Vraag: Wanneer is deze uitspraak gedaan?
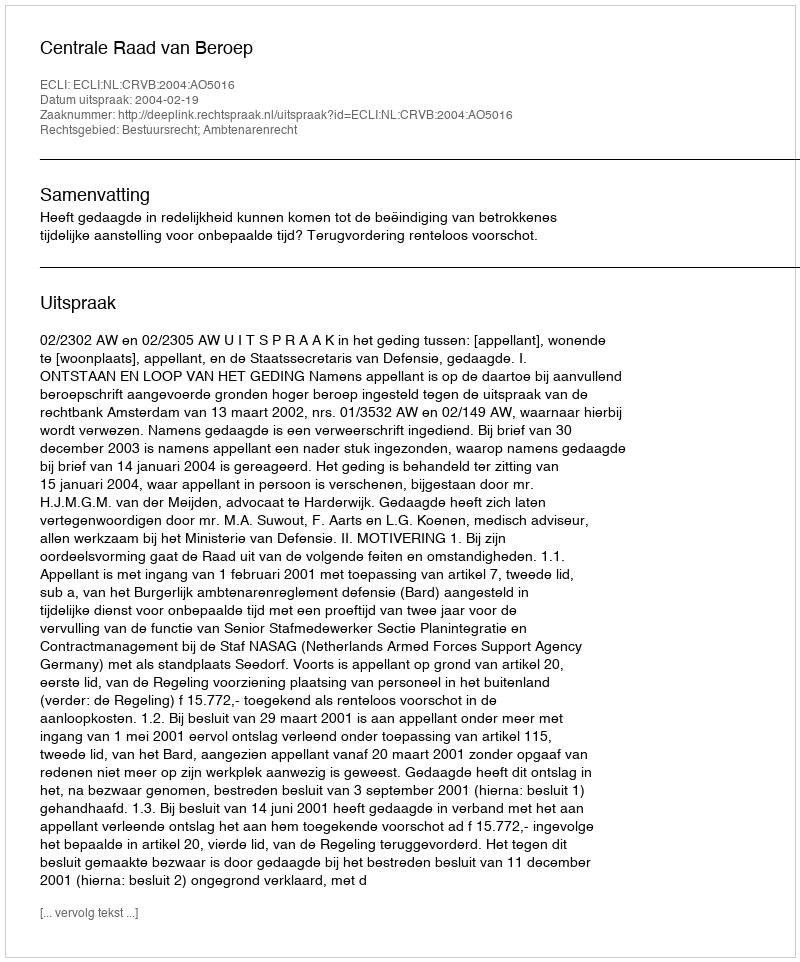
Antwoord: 2004-02-19